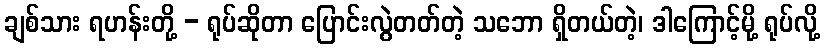
ချစ်သား ရဟန်းတို့ - ရုပ်ဆိုတာ ပြောင်းလွဲတတ်တဲ့ သဘော ရှိတယ်တဲ့၊ ဒါကြောင့်မို့ ရုပ်လို့